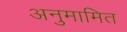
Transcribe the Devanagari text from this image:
अनुमामित